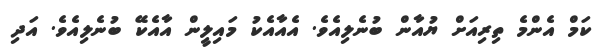
ކަމް އެންމެ ތިރިއަށް ޔުއާން ބުނެލިއެވެ. އެއާއެކު މައިލީން އާއެކޭ ބުނެލިއެވެ. އަދި